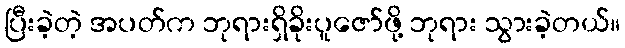
ပြီးခဲ့တဲ့ အပတ်က ဘုရားရှိခိုးပူဇော်ဖို့ ဘုရား သွားခဲ့တယ်။